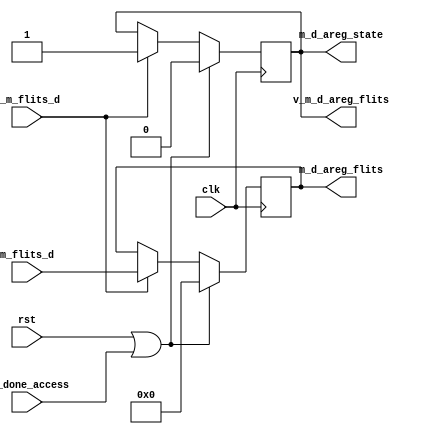
module   m_d_areg(//input
                   clk,
                   rst,
                   m_flits_d,
                   v_m_flits_d,
                   dc_done_access,
                   //output
                   m_d_areg_flits,
                   v_m_d_areg_flits,
                   m_d_areg_state
                   );
//input
input                   clk;
input                   rst;
input    [143:0]        m_flits_d;
input                   v_m_flits_d;
input                   dc_done_access;
                   //output
output   [143:0]         m_d_areg_flits;
output                   v_m_d_areg_flits;
output                   m_d_areg_state;


reg      m_d_cstate;
reg      [143:0]   flits_reg;

assign   v_m_d_areg_flits=m_d_cstate;
assign   m_d_areg_state=m_d_cstate;// when m_d_cstate is 1, it means this module is busy and
                                   // can't receive other flits. oterwise,able to receiving flits
always@(posedge clk)
begin
  if(rst||dc_done_access)
    flits_reg<=144'h0000;
else if(v_m_flits_d)
    flits_reg<=m_flits_d;
end

always@(posedge clk)
begin
  if(rst||dc_done_access)
    m_d_cstate<=1'b0;
  else if(v_m_flits_d)
    m_d_cstate<=1'b1;
end

assign m_d_areg_flits=flits_reg;
endmodule